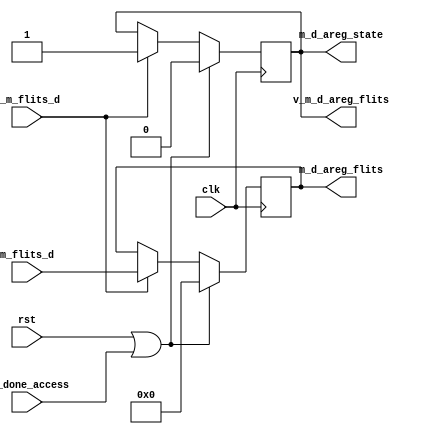
module   m_d_areg(//input
                   clk,
                   rst,
                   m_flits_d,
                   v_m_flits_d,
                   dc_done_access,
                   //output
                   m_d_areg_flits,
                   v_m_d_areg_flits,
                   m_d_areg_state
                   );
//input
input                   clk;
input                   rst;
input    [143:0]        m_flits_d;
input                   v_m_flits_d;
input                   dc_done_access;
                   //output
output   [143:0]         m_d_areg_flits;
output                   v_m_d_areg_flits;
output                   m_d_areg_state;


reg      m_d_cstate;
reg      [143:0]   flits_reg;

assign   v_m_d_areg_flits=m_d_cstate;
assign   m_d_areg_state=m_d_cstate;// when m_d_cstate is 1, it means this module is busy and
                                   // can't receive other flits. oterwise,able to receiving flits
always@(posedge clk)
begin
  if(rst||dc_done_access)
    flits_reg<=144'h0000;
else if(v_m_flits_d)
    flits_reg<=m_flits_d;
end

always@(posedge clk)
begin
  if(rst||dc_done_access)
    m_d_cstate<=1'b0;
  else if(v_m_flits_d)
    m_d_cstate<=1'b1;
end

assign m_d_areg_flits=flits_reg;
endmodule